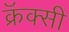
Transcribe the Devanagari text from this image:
क्रॅक्सी